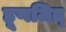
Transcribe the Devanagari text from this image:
हूणजित्‌